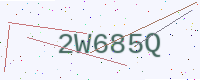
Text: 2W685Q